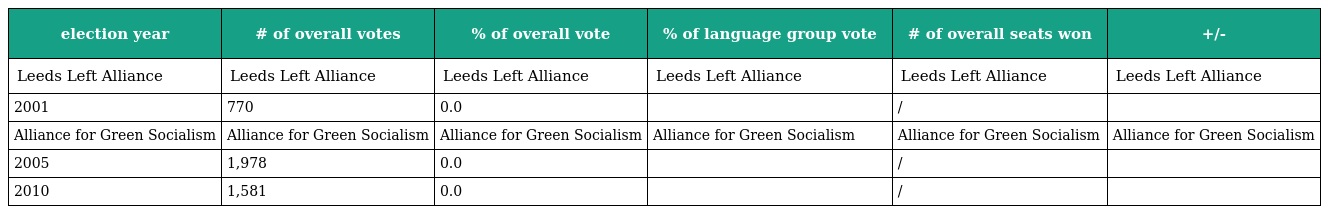
| election year | # of overall votes | % of overall vote | % of language group vote | # of overall seats won | +/- |
 | --- | --- | --- | --- | --- | --- |
 | Leeds Left Alliance | Leeds Left Alliance | Leeds Left Alliance | Leeds Left Alliance | Leeds Left Alliance | Leeds Left Alliance |
 | 2001 | 770 | 0.0 |  | / |  |
 | Alliance for Green Socialism | Alliance for Green Socialism | Alliance for Green Socialism | Alliance for Green Socialism | Alliance for Green Socialism | Alliance for Green Socialism |
 | 2005 | 1,978 | 0.0 |  | / |  |
 | 2010 | 1,581 | 0.0 |  | / |  |